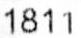
1811